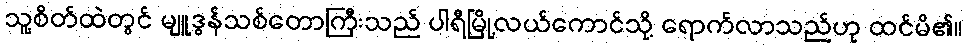
သူ့စိတ်ထဲတွင် မျူဒွန်သစ်တောကြီးသည် ပါရီမြို့လယ်ကောင်သို့ ရောက်လာသည်ဟု ထင်မိ၏။